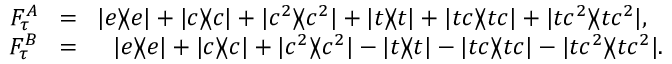
\begin{array} { r l r } { F _ { \tau } ^ { A } \! } & { = } & { \! | e \rangle \! \langle e | + | c \rangle \! \langle c | + | c ^ { 2 } \rangle \! \langle c ^ { 2 } | + | t \rangle \! \langle t | + | t c \rangle \! \langle t c | + | t c ^ { 2 } \rangle \! \langle t c ^ { 2 } | , \, \, \, \, } \\ { F _ { \tau } ^ { B } \! } & { = } & { \! | e \rangle \! \langle e | + | c \rangle \! \langle c | + | c ^ { 2 } \rangle \! \langle c ^ { 2 } | - | t \rangle \! \langle t | - | t c \rangle \! \langle t c | - | t c ^ { 2 } \rangle \! \langle t c ^ { 2 } | . } \end{array}